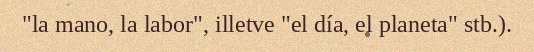
"la mano, la labor", illetve "el día, el planeta" stb.).